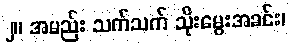
၂။ အမည်း သက်သက် သိုးမွေးအခင်း၊